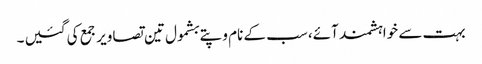
بہت سے خواہشمند آئے، سب کے نام و پتے بشمول تین تصاویر جمع کی گئیں ۔